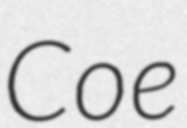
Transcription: Coe